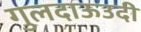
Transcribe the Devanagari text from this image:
गुलदाऊउदी